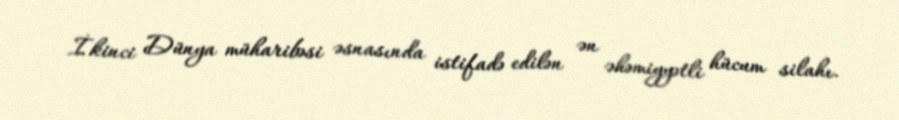
İkinci Dünya müharibəsi əsnasında istifadə edilən ən əhəmiyyətli hücum silahı.